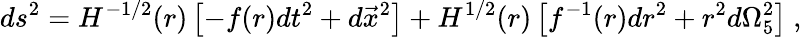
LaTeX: ds^{2}=H^{-1/2}(r)\left[-f(r)dt^{2}+d\vec{x}^{2}\right]+H^{1/2}(r)\left[f^{-1}(r)dr^{2}+r^{2}d\Omega_{5}^{2}\right]\ ,